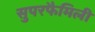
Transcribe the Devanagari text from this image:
सुपरफैमिली